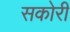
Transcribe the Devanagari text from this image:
सकोरी